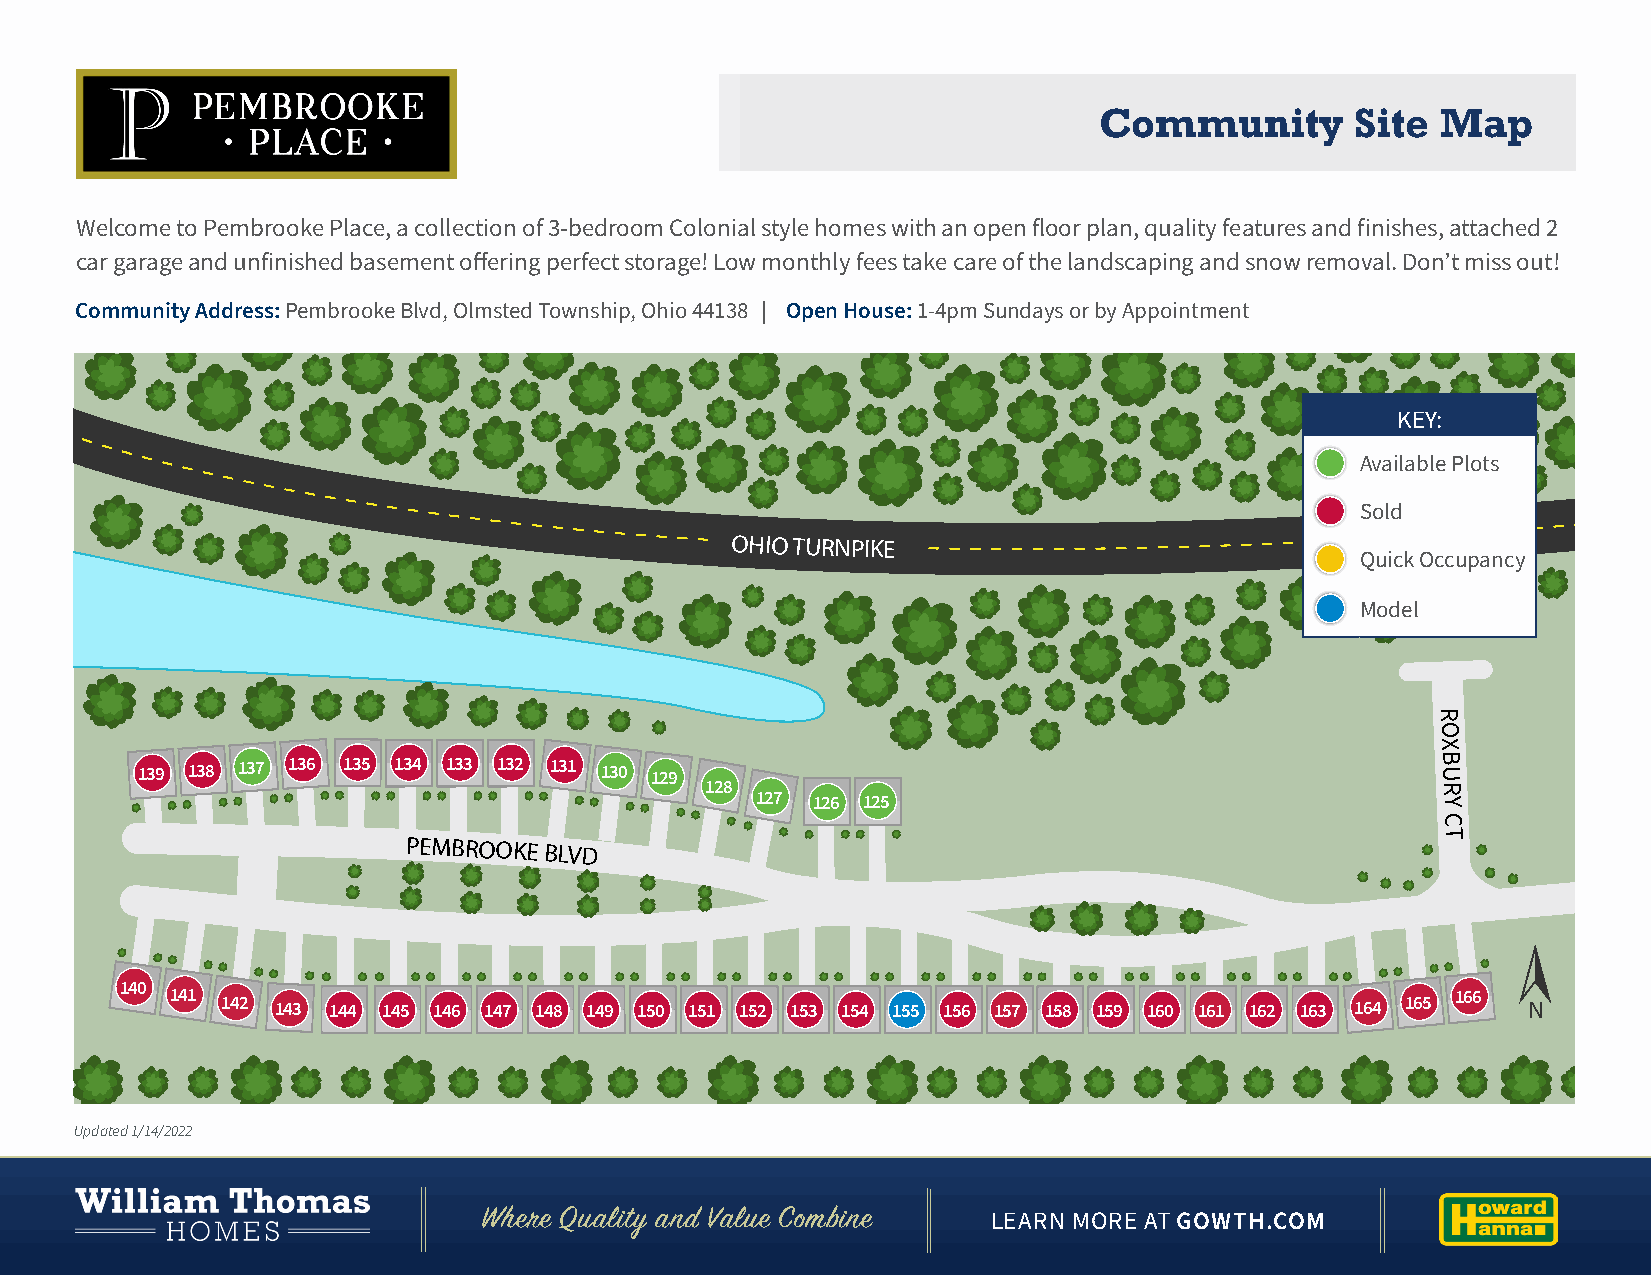
Community        Site Map
 Welcome to Pembrooke Place, a collection of 3-bedroom Colonial style homes with an open floor plan, quality features and finishes, attached 2
 car garage and unfinished basement offering perfect storage! Low monthly fees take care of the landscaping and snow removal. Don’t miss out!
 Community Address: Pembrooke Blvd, Olmsted Township, Ohio 44138 | Open House: 1-4pm Sundays or by Appointment
 KEY:
 Available Plots
 Sold
 OHIO TURNPIKE
 Quick Occupancy
 Model
 R
 O
 X
 B
 139 138 137 136 135 134 133 132 131 130 129                                           U
 128                                             R
 127 126 125                                  Y
 C
 T
 PEMBROOKE
 BLVD
 140
 141 142 143 144 145 146 147 148 149 150 151 152 153 154 155 156 157 158 159 160 161 162 163 164 165 166 N
 Updated 1/14/2022
 Where Quality and Value Combine   LEARN MORE AT GOWTH.COM